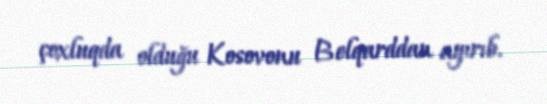
çoxluqda olduğu Kosovonu Belqarddan ayırıb.